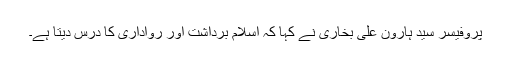
پروفیسر سید ہارون علی بخاری نے کہا کہ اسلام برداشت اور رواداری کا درس دیتا ہے۔